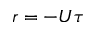
r = - U \tau